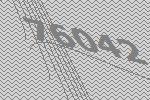
76042